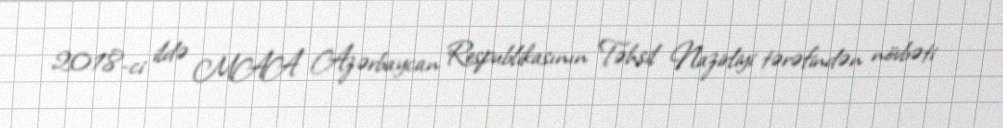
2018-ci ildə MAA Azərbaycan Respublikasının Təhsil Nazirliyi tərəfindən növbəti